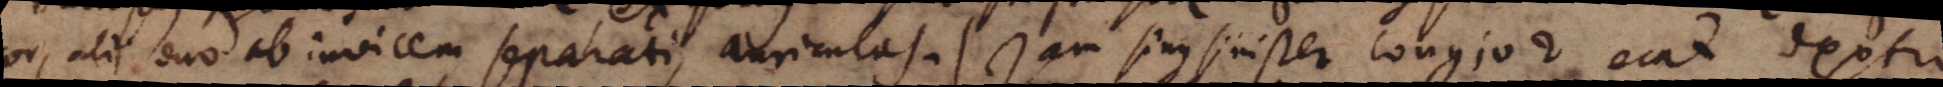
cor, alii duo ab invicem separati, auriculas. :) Jam sinus sinister longior erat dextro